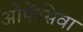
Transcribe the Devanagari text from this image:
ओफेंसिवा